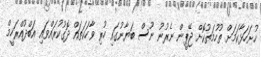
ހުށަހަޅާކަމަށް ތުހުމަތުކޮށް ޖޭޕީން ނެރުނު ނޫސް ބަޔާނުގައި ހުރި ވާހަކަތައް ދޮގުކުރައްވައި އަބްދުއްރަހީމް